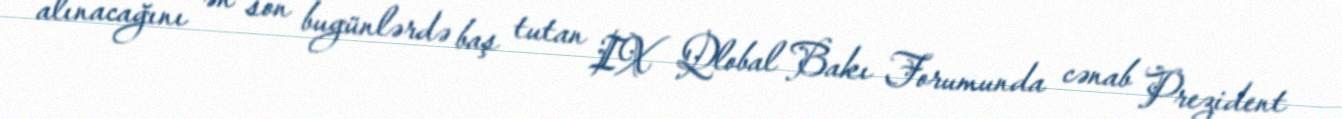
alınacağını ən son bugünlərdə baş tutan IX Qlobal Bakı Forumunda cənab Prezident